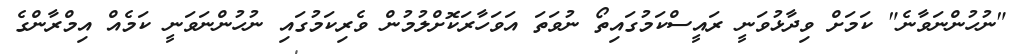
"ނުހުންނަވާނެ" ކަމަށް ވިދާޅުވަނީ ރައީސްކަމުގައިތޯ ނުވަތަ އަވަހާރަކޮށްލުމުން ވެރިކަމުގައި ނުހުންނަވަނީ ކަމެއް އިމްރާންގެ